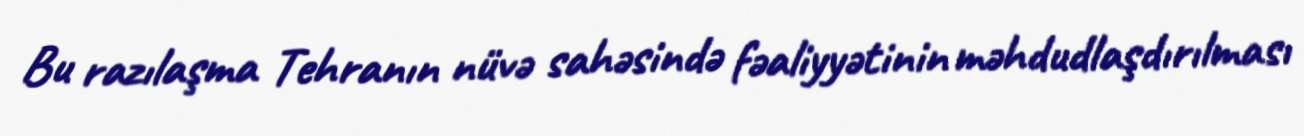
Bu razılaşma Tehranın nüvə sahəsində fəaliyyətinin məhdudlaşdırılması